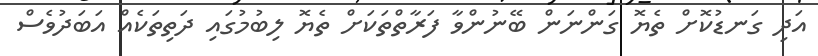
އަދި ގަނޑުކޮށް ތެޔޮ ގަންނަން ބޭނުންވާ ފަރާތްތަކަށް ތެޔޮ ލިބުމުގައި ދަތިތަކެއް އަބަދުވެސް